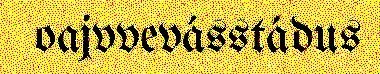
oajvvevásstádus